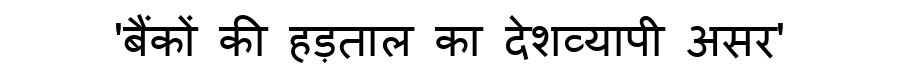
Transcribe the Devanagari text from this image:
'बैंकों की हड़ताल का देशव्यापी असर'